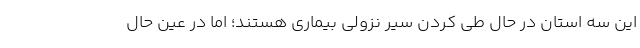
این سه استان در حال طی کردن سیر نزولی بیماری هستند؛ اما در عین حال